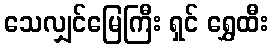
သေလျှင်မြေကြီး ရှင် ရွှေထီး